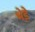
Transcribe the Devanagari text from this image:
भेडे़